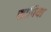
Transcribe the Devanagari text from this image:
सापिया